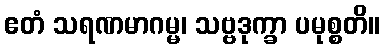
ဧတံ သရဏမာဂမ္မ၊ သဗ္ဗဒုက္ခာ ပမုစ္စတိ။